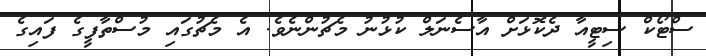
ސްޓޯކް ސިޓީއާ ދެކޮޅަށް އާސެނަލް ކުޅުނު މެޗުންނެވެ. އެ މެޗުގައި މުސްތާފީގެ ފައިގެ